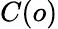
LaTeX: C(o)